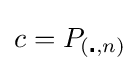
c=P_{(\centerdot ,n)}